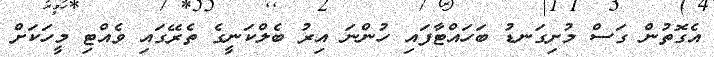
އެގޮތުން ގަސް މުށިގަނޑު ބަހައްޓާފައި ހުންނަ އިރު ބެލްކަނީގެ ތެރޭގައި ވެއްޓި މީހަކަށް